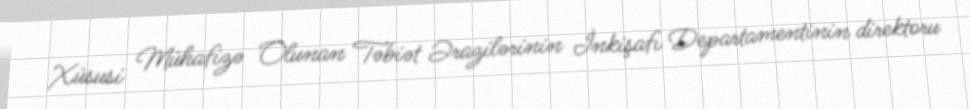
Xüsusi Mühafizə Olunan Təbiət Ərazilərinin İnkişafı Departamentinin direktoru